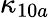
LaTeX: \kappa_{10a}